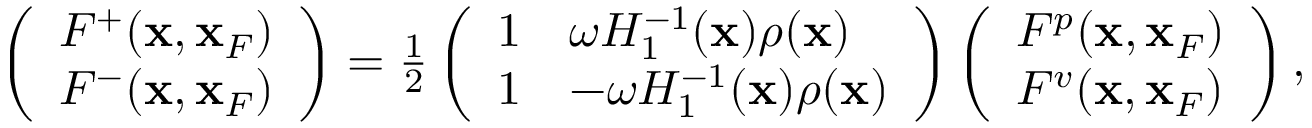
\begin{array} { r } { \left( \begin{array} { l } { F ^ { + } ( { \bf x } , { \bf x } _ { F } ) } \\ { F ^ { - } ( { \bf x } , { \bf x } _ { F } ) } \end{array} \right) = \frac { 1 } { 2 } \left( \begin{array} { l l } { 1 } & { \omega { \cal H } _ { 1 } ^ { - 1 } ( { \bf x } ) \rho ( { \bf x } ) } \\ { 1 } & { - \omega { \cal H } _ { 1 } ^ { - 1 } ( { \bf x } ) \rho ( { \bf x } ) } \end{array} \right) \left( \begin{array} { l } { F ^ { p } ( { \bf x } , { \bf x } _ { F } ) } \\ { F ^ { v } ( { \bf x } , { \bf x } _ { F } ) } \end{array} \right) , } \end{array}